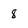
Character: 8